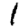
Digit: 1